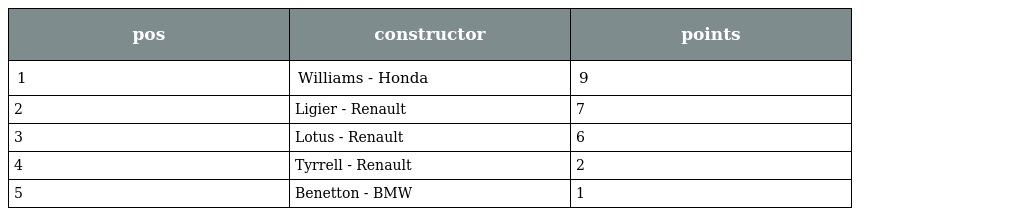
| pos | constructor | points |
 | --- | --- | --- |
 | 1 | Williams - Honda | 9 |
 | 2 | Ligier - Renault | 7 |
 | 3 | Lotus - Renault | 6 |
 | 4 | Tyrrell - Renault | 2 |
 | 5 | Benetton - BMW | 1 |